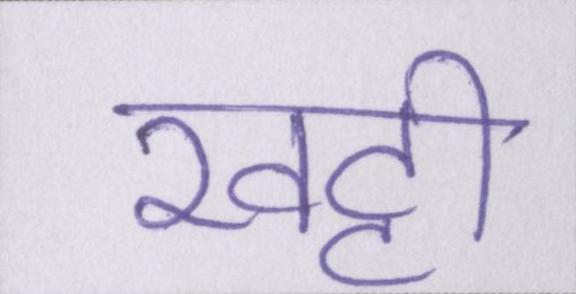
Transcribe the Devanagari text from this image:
खट्टी